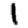
Digit: 1